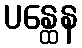
ပန္ထေန